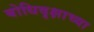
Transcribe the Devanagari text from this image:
बोधिवृक्षाच्या